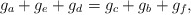
\begin{align*}g_a+g_e+g_d=g_c+g_b+g_f,\end{align*}